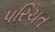
પરિચત